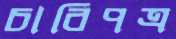
চাবিপত্র